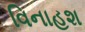
વિનાહશ